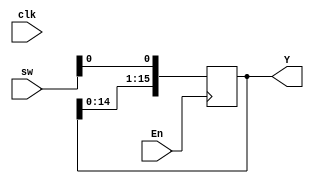
`timescale 1ns / 1ps
//////////////////////////////////////////////////////////////////////////////////
// Company: 
// Engineer: 
// 
// Design Name: 
// Module Name: SIPO
// Project Name: 
// Target Devices: 
// Tool Versions: 
// Description: 
// 
// Dependencies: 
// 
// Revision:
// Revision 0.01 - File Created
// Additional Comments:
// 
//////////////////////////////////////////////////////////////////////////////////


module SIPO(
    input [7:0] sw,
    input clk,
    input En,
    
    output reg [15:0] Y
    );
    
    
    reg change;
    always @ (posedge(En))
    begin
       
        if(En == 1)
            Y = {Y[14:0], sw[0]};
            end
        
endmodule